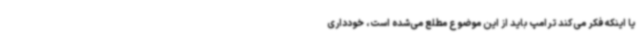
یا اینکه فکر می‌کند ترامپ باید از این موضوع مطلع می‌شده است، خودداری